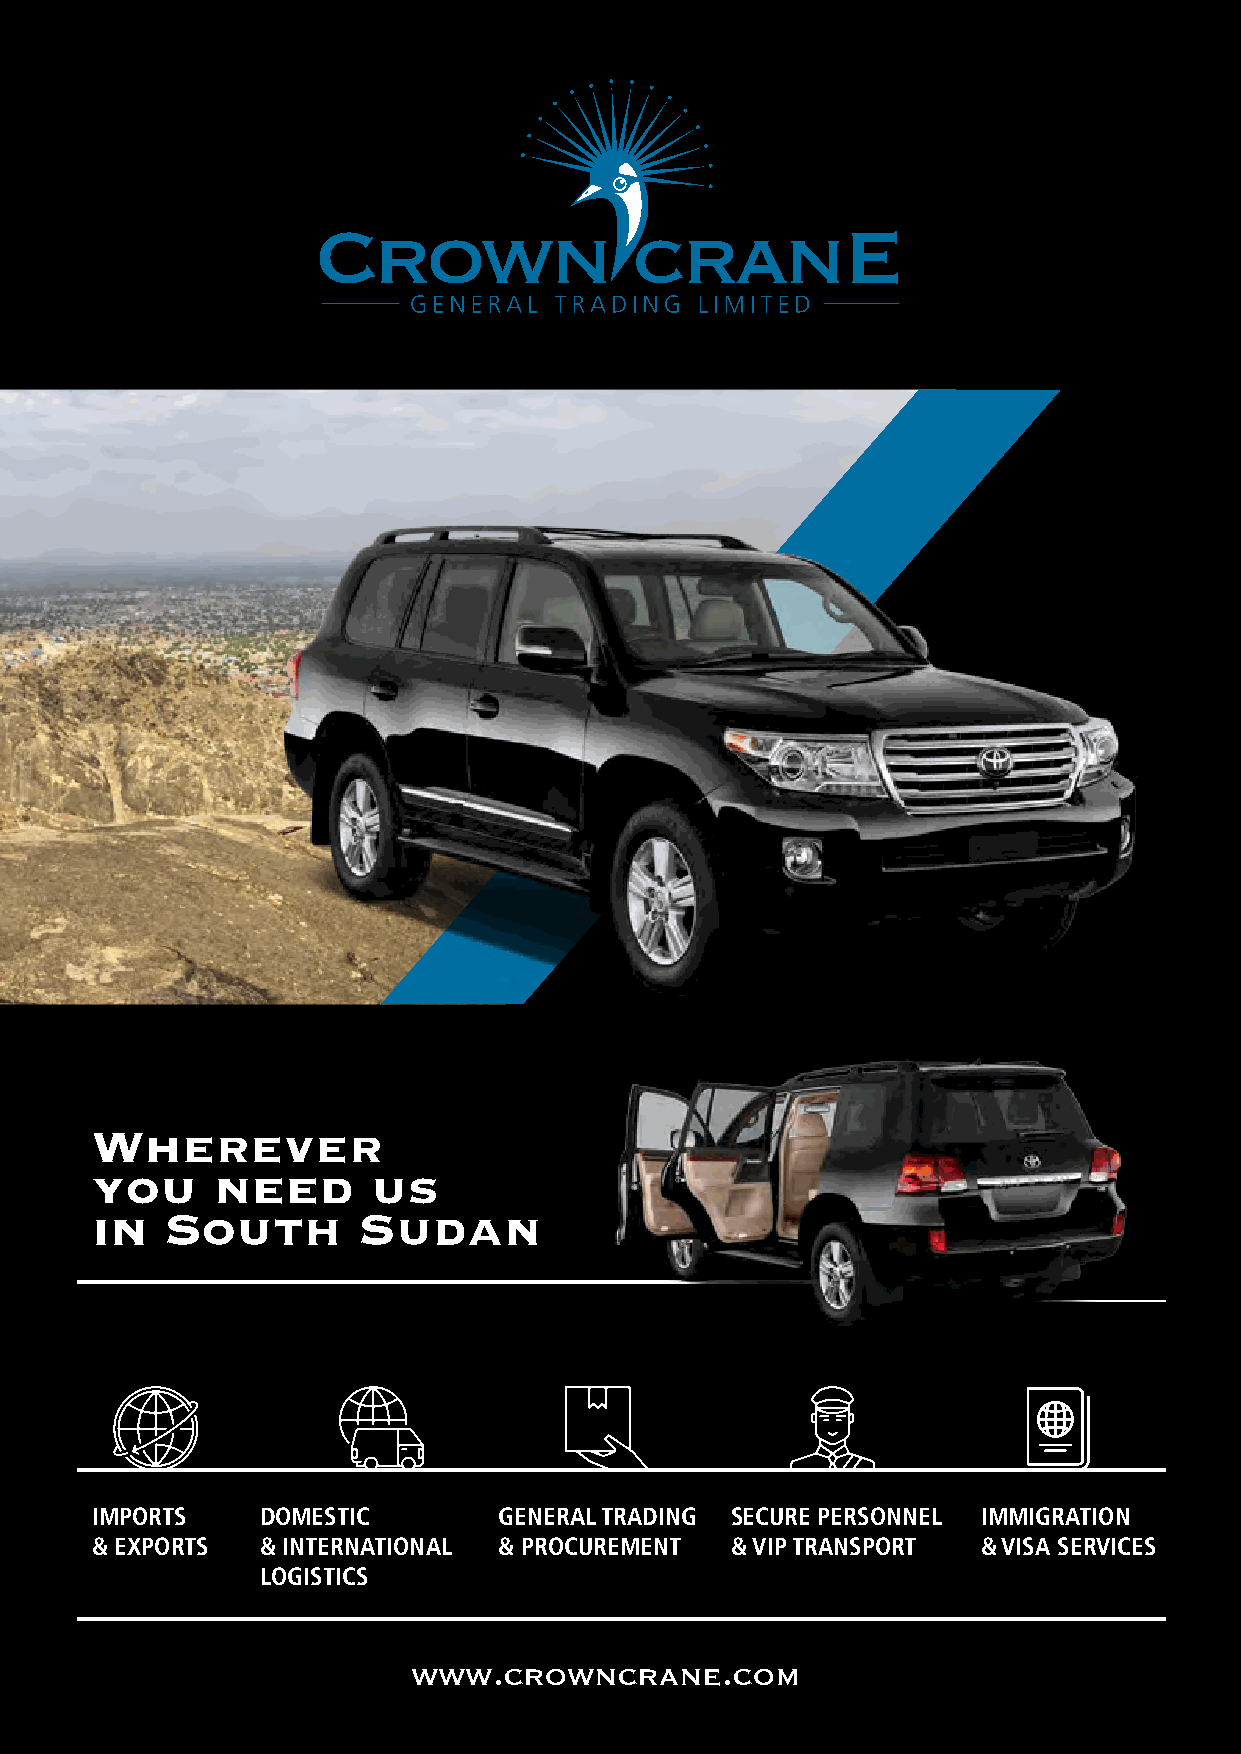
Wherever
 you     need       us
 in   South        Sudan
 IMPORTS    DOMESTIC        GENERAL TRADING SECURE PERSONNEL IMMIGRATION
 & EXPORTS  & INTERNATIONAL & PROCUREMENT  & VIP TRANSPORT  & VISA SERVICES
 LOGISTICS
 www.crowncrane.com